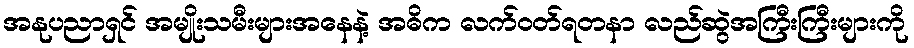
အနုပညာရှင် အမျိုးသမီးများအနေနဲ့ အဓိက လက်ဝတ်ရတနာ လည်ဆွဲအကြီးကြီးများကို